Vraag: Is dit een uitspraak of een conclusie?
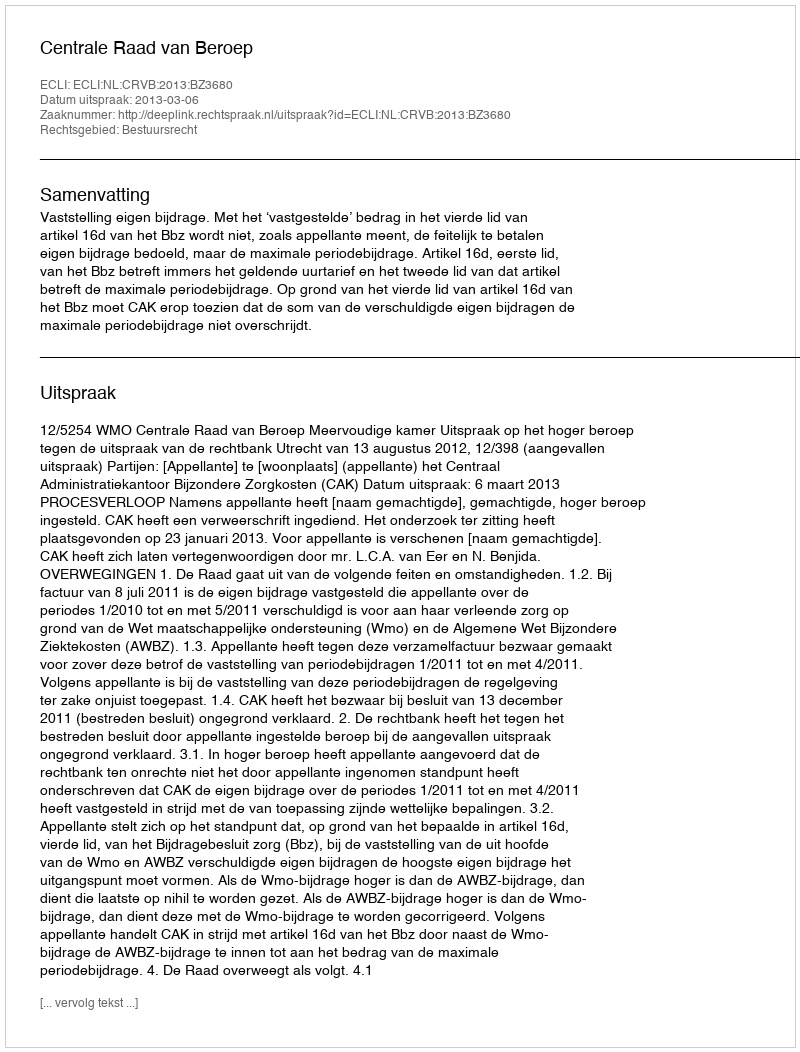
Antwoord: Uitspraak